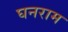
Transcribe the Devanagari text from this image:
घनराम